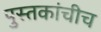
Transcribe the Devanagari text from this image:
पुस्तकांचीच